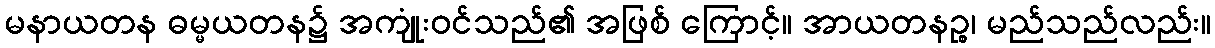
မနာယတန ဓမ္မယတန၌ အကျုံးဝင်သည်၏ အဖြစ် ကြောင့်။ အာယတနဉ္စ၊ မည်သည်လည်း။